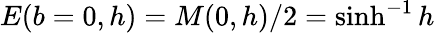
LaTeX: E(b=0,h)=M(0,h)/2=\sinh^{-1}{h}